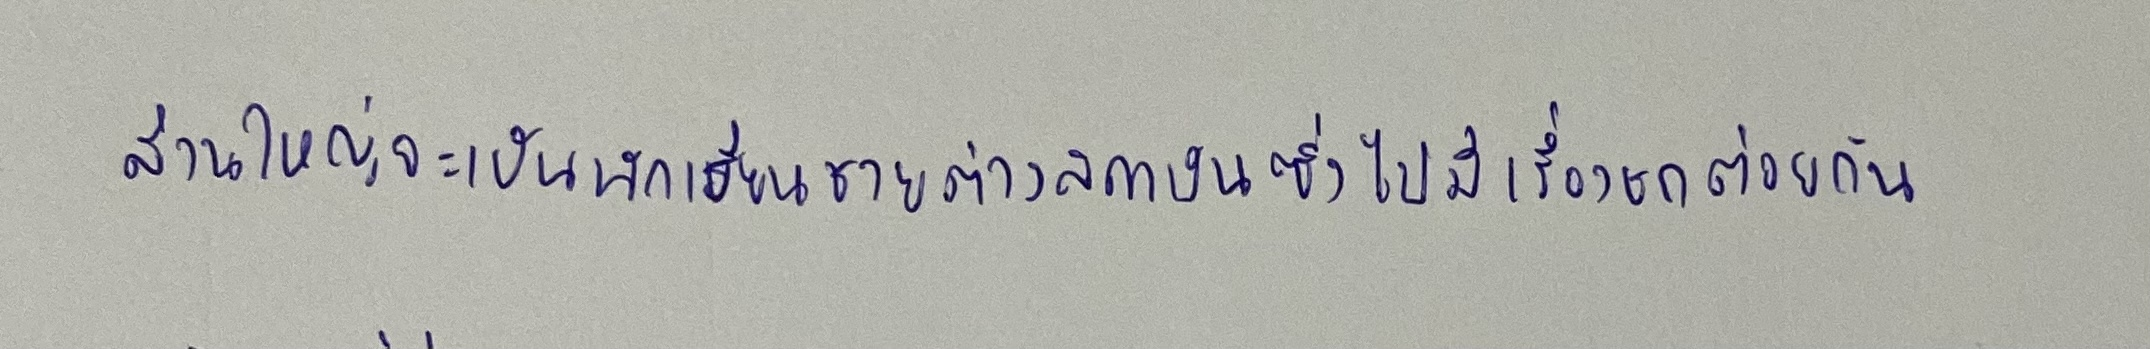
ส่วนใหญ่จะเป็นนักเรียนชายต่างสถาบันซึ่งไปมีเรื่องชกต่อยกัน